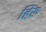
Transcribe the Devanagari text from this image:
हिरु